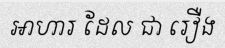
អាហារ ដែល ជា រឿង